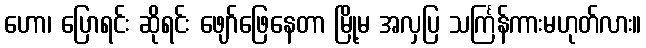
ဟော၊ ပြောရင်း ဆိုရင်း ဖျော်ဖြေနေတာ မြို့မ အလှပြ သင်္ကြန်ကားမဟုတ်လား။